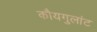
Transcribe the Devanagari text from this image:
कौयगुलांट